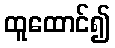
ထူထောင်၍